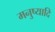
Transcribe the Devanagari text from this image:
मनुष्यादि